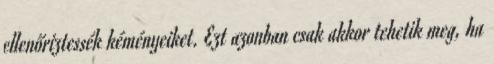
ellenőriztessék kéményeiket. Ezt azonban csak akkor tehetik meg, ha